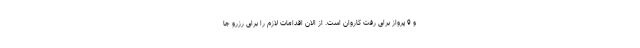
و 9 پرواز برای رفت کاروان است. از الان اقدامات لازم را برای رزرو جا